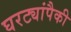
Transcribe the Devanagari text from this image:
घरट्यांपैकी